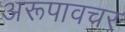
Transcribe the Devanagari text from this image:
अरूपावचर